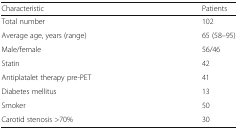
<table><thead><tr><td><b>Characteristic</b></td><td><b>Patients</b></td></tr></thead><tbody><tr><td>Total number</td><td>102</td></tr><tr><td>Average age, years (range)</td><td>65 (58–95)</td></tr><tr><td>Male/female</td><td>56/46</td></tr><tr><td>Statin</td><td>42</td></tr><tr><td>Antiplatalet therapy pre-PET</td><td>41</td></tr><tr><td>Diabetes mellitus</td><td>13</td></tr><tr><td>Smoker</td><td>50</td></tr><tr><td>Carotid stenosis &gt;70%</td><td>30</td></tr></tbody></table>